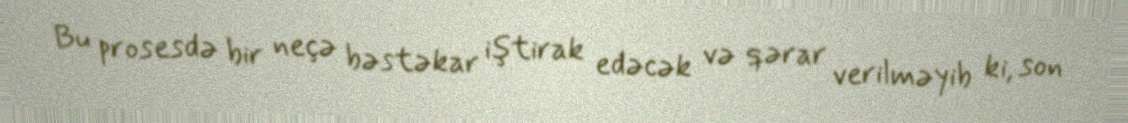
Bu prosesdə bir neçə bəstəkar iştirak edəcək və qərar verilməyib ki, son